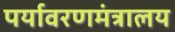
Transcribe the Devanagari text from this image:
पर्यावरणमंत्रालय